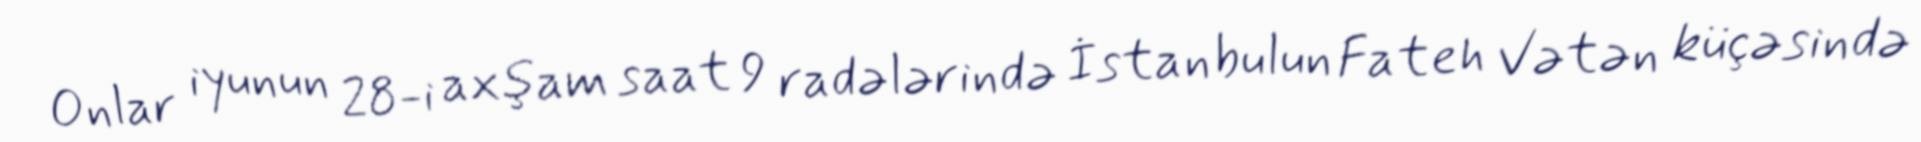
Onlar iyunun 28-i axşam saat 9 radələrində İstanbulun Fateh Vətən küçəsində